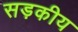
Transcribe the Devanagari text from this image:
सड़कीय